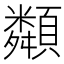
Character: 𩕔